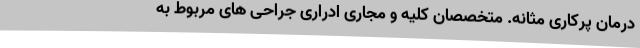
درمان پرکاری مثانه. متخصصان کلیه و مجاری ادراری جراحی های مربوط به